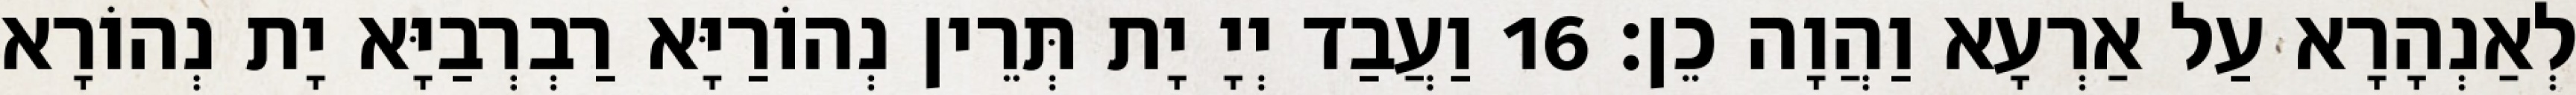
לְאַנְהָרָא עַל אַרְעָא וַהֲוָה כֵן׃ 16 וַעֲבַד יְיָ יָת תְּרֵין נְהוֹרַיָּא רַבְרְבַיָּא יָת נְהוֹרָא